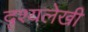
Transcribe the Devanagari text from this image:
दृश्यलेखी